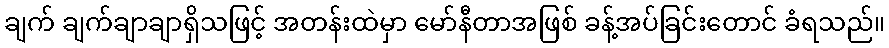
ချက် ချက်ချာချာရှိသဖြင့် အတန်းထဲမှာ မော်နီတာအဖြစ် ခန့်အပ်ခြင်းတောင် ခံရသည်။